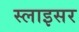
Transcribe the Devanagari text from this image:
स्लाइसर